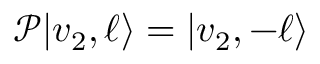
\mathcal { P } | v _ { 2 } , \ell \rangle = | v _ { 2 } , - \ell \rangle